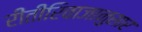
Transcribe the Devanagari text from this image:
रीतीरिवाजानुसार